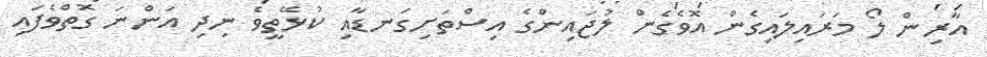
އާރިން ލޯ މަރައިލައިގެން އޮވެގެން ލުޖައިންގެ އިސްތަށިގަނޑާއި ކުޅޭތީވެ ނިދި އަންނަ ގޮތްވެފައި